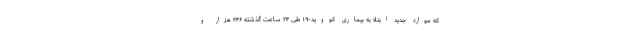
که موارد جدید ابتلا به بیماری کووید-۱۹ طی ۲۴ ساعت گذشته ۳۴۶ هزار و